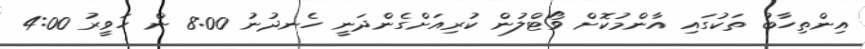
އިންތިހާބު ތަކުގައި އާންމުކޮށް ވޯޓްލުން ކުރިއަށްގެންދަނީ ހެނދުނު 8:00 ން ހަވީރު 4:00